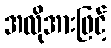
အလိုအားဖြင့်